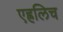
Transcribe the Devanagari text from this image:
एह्रलिच